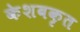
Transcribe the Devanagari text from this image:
केशवकृत